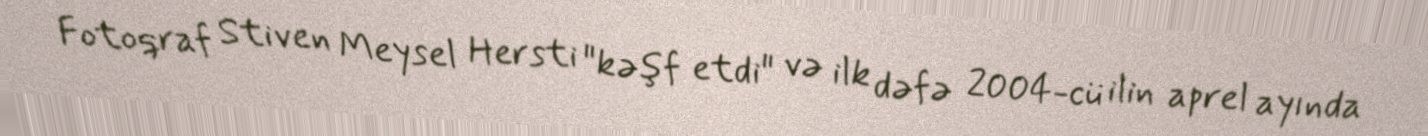
Fotoqraf Stiven Meysel Hersti "kəşf etdi" və ilk dəfə 2004-cü ilin aprel ayında